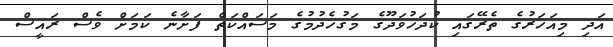
އަދި މިއަހަރުގެ ތެރޭގައި ކުދަހުވަދޫގެ މަގުހެދުމުގެ މަސައްކަތް ފަށާނެ ކަމަށް ވެސް ރައީސް